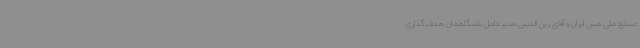
صنایع ملی مس ایران و آقای زین الدینی مدیرعامل باشگاهمان هدف گذاری